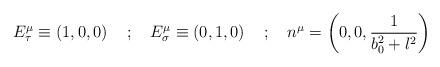
LaTeX: \begin{align*}E^{\mu}_{\tau} \equiv \left ( 1, 0, 0 \right ) \quad ; \quad E^{\mu}_{\sigma} \equiv \left ( 0, 1, 0 \right ) \quad ; \quad n^{\mu} = \left ( 0, 0, \frac{1}{b^{2}_{0} + l^{2}} \right )\end{align*}